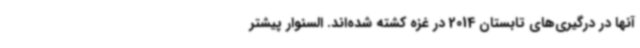
آنها در درگیری‌های تابستان 2014 در غزه کشته شده‌اند. السنوار پیشتر